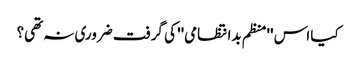
کیا اس ''منظم بدانتظامی'' کی گرفت ضروری نہ تھی؟